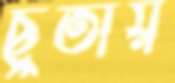
ছুতায়